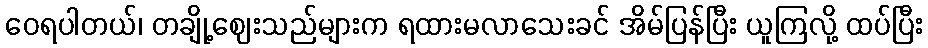
ဝေရပါတယ်၊ တချို့ဈေးသည်များက ရထားမလာသေးခင် အိမ်ပြန်ပြီး ယူကြလို့ ထပ်ပြီး